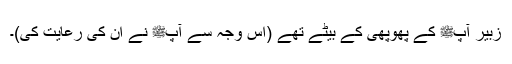
زبیر آپﷺ کے پھوپھی کے بیٹے تھے (اس وجہ سے آپﷺ نے ان کی رعایت کی)۔